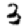
Digit: 3